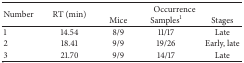
<table><thead><tr><td rowspan="2"><b>Number</b></td><td rowspan="2"><b>RT (min)</b></td><td colspan="3"><b>Occurrence</b></td></tr><tr><td><b>Mice</b></td><td><b>Samples<sup>1</sup></b></td><td><b>Stages</b></td></tr></thead><tbody><tr><td>1</td><td>14.54</td><td>8/9</td><td>11/17</td><td>Late</td></tr><tr><td>2</td><td>18.41</td><td>9/9</td><td>19/26</td><td>Early, late</td></tr><tr><td>3</td><td>21.70</td><td>9/9</td><td>14/17</td><td>Late</td></tr></tbody></table>